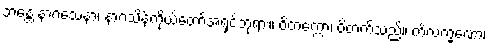
ဘန္တေ နာဂသေနာ၊ နာဂသိန်ကိုယ်တော်အရှင်ဘုရား။ ဝိတက္ကော၊ ဝိတက်သည်။ ကိံလက္ခဏော၊